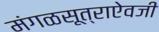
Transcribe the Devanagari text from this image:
मंगळसूत्राऐवजी